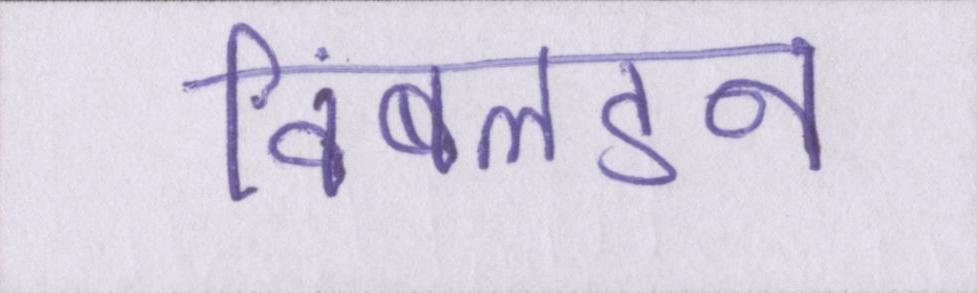
विंबलडन